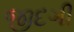
જીદગી